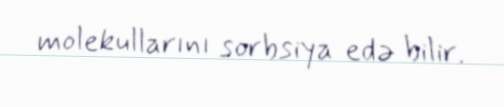
molekullarını sorbsiya edə bilir.